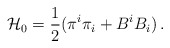
\begin{align*}{\cal H}_0 = \frac{1}{2} (\pi^i\pi_i + B^i B_i)\,.\end{align*}